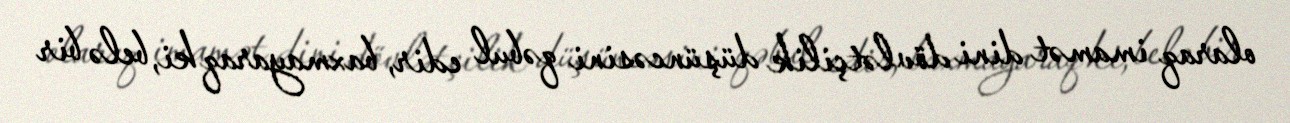
olaraq imamət dini dövlətçilik düşüncəsini qəbul edir, baxmayaraq ki, belə bir